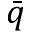
\bar { q }